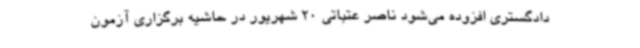
دادگستری افزوده می‌شود ناصر عتباتی 20 شهریور در حاشیه برگزاری آزمون